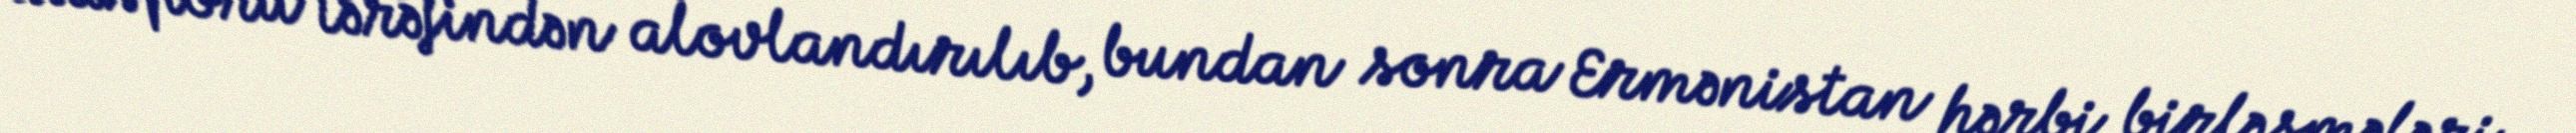
diasporu tərəfindən alovlandırılıb, bundan sonra Ermənistan hərbi birləşmələri